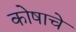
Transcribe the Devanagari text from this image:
कोषाचे